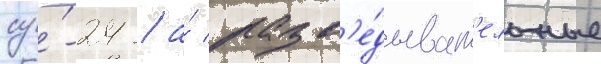
су́-24 / а́ разв'е́дыват'ельные